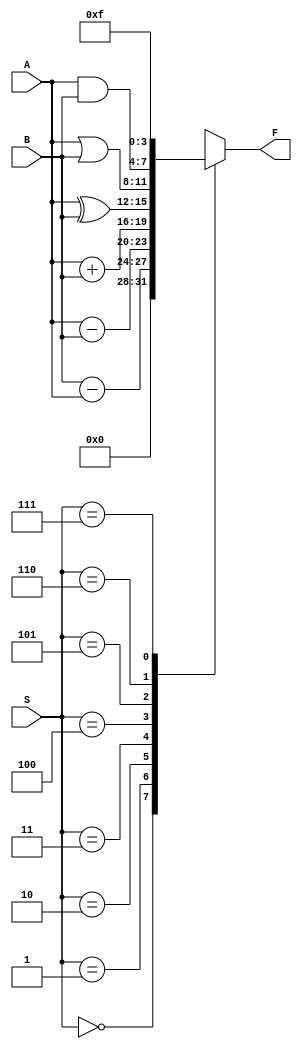
//74381 Arithmetic logic unit (ALU)
module alu (S,A,B,F);
	input [2:0] S;
	input [3:0] A,B;
	output reg [3:0] F;
	
	always @(S,A,B)
		case (S)
			0:F =4'b0000;
			1:F= B-A;
			2:F=A-B;
			3:F=A+B;
			4:F=A^B;
			5:F=A|B;
			6:F=A&B;
			7:F=4'b1111;
		endcase
endmodule